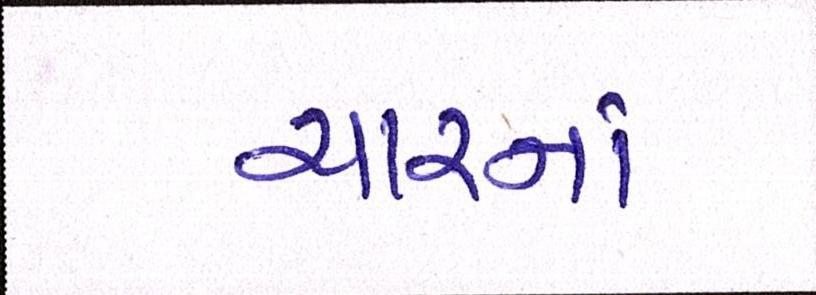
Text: ચારનાં